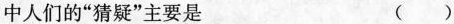
中人们的“猜疑”主要是 ( )